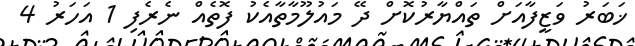
ޚަބަރު ވަޒީފާއަށް ތައްޔާރުކޮށް ދޭ މައުލޫމާތާއެކު ފޮތެއް ނެރެފި 1 އަހަރު 4